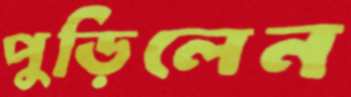
পুড়িলেন